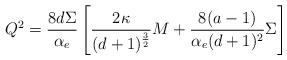
LaTeX: \begin{align*}Q^{2}={8 d\Sigma \over \alpha_{e}} \left [ {2 \kappa \over (d+1)^{3\over 2}}M+{8 (a-1)\over \alpha_{e} (d+1)^{2}} \Sigma \right ]\end{align*}